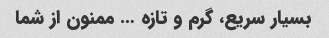
بسیار سریع، گرم و تازه … ممنون از شما